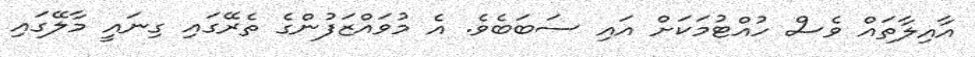
އާއިލާތައް ވެސް ހުއްޓުމަކަށް އައި ސަބަބެވެ. އެ މުވައްޒަފުންގެ ތެރޭގައި ގިނައީ މާލޭގައި